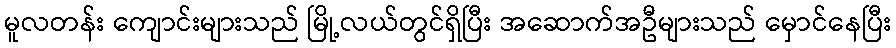
မူလတန်း ကျောင်းများသည် မြို့လယ်တွင်ရှိပြီး အဆောက်အဦများသည် မှောင်နေပြီး